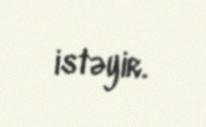
istəyir.